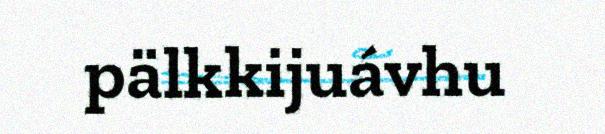
pälkkijuávhu